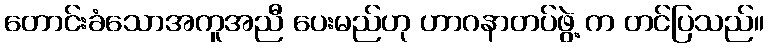
တောင်းခံသောအကူအညီ ပေးမည်ဟု ဟာဂနာတပ်ဖွဲ့ က တင်ပြသည်။